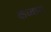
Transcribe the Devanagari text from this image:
कध्वाया